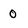
Character: 0